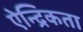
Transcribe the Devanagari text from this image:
ऐन्द्रिकता